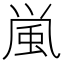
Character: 𩖟